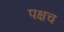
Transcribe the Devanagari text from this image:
पक्षच